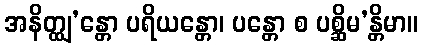
အနိတ္ထျ’န္တော ပရိယန္တော၊ ပန္တော စ ပစ္ဆိမ’န္တိမာ။